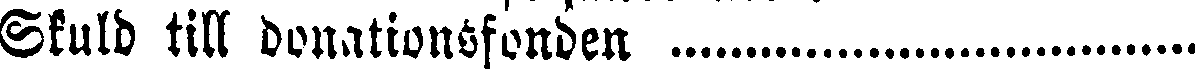
Skuld till donationsfonden ...................................